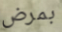
بمرض